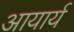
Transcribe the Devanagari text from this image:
आयार्य